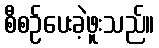
စီစဉ်ပေးခဲ့ဖူးသည်။